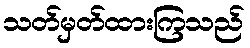
သတ်မှတ်ထားကြသည်